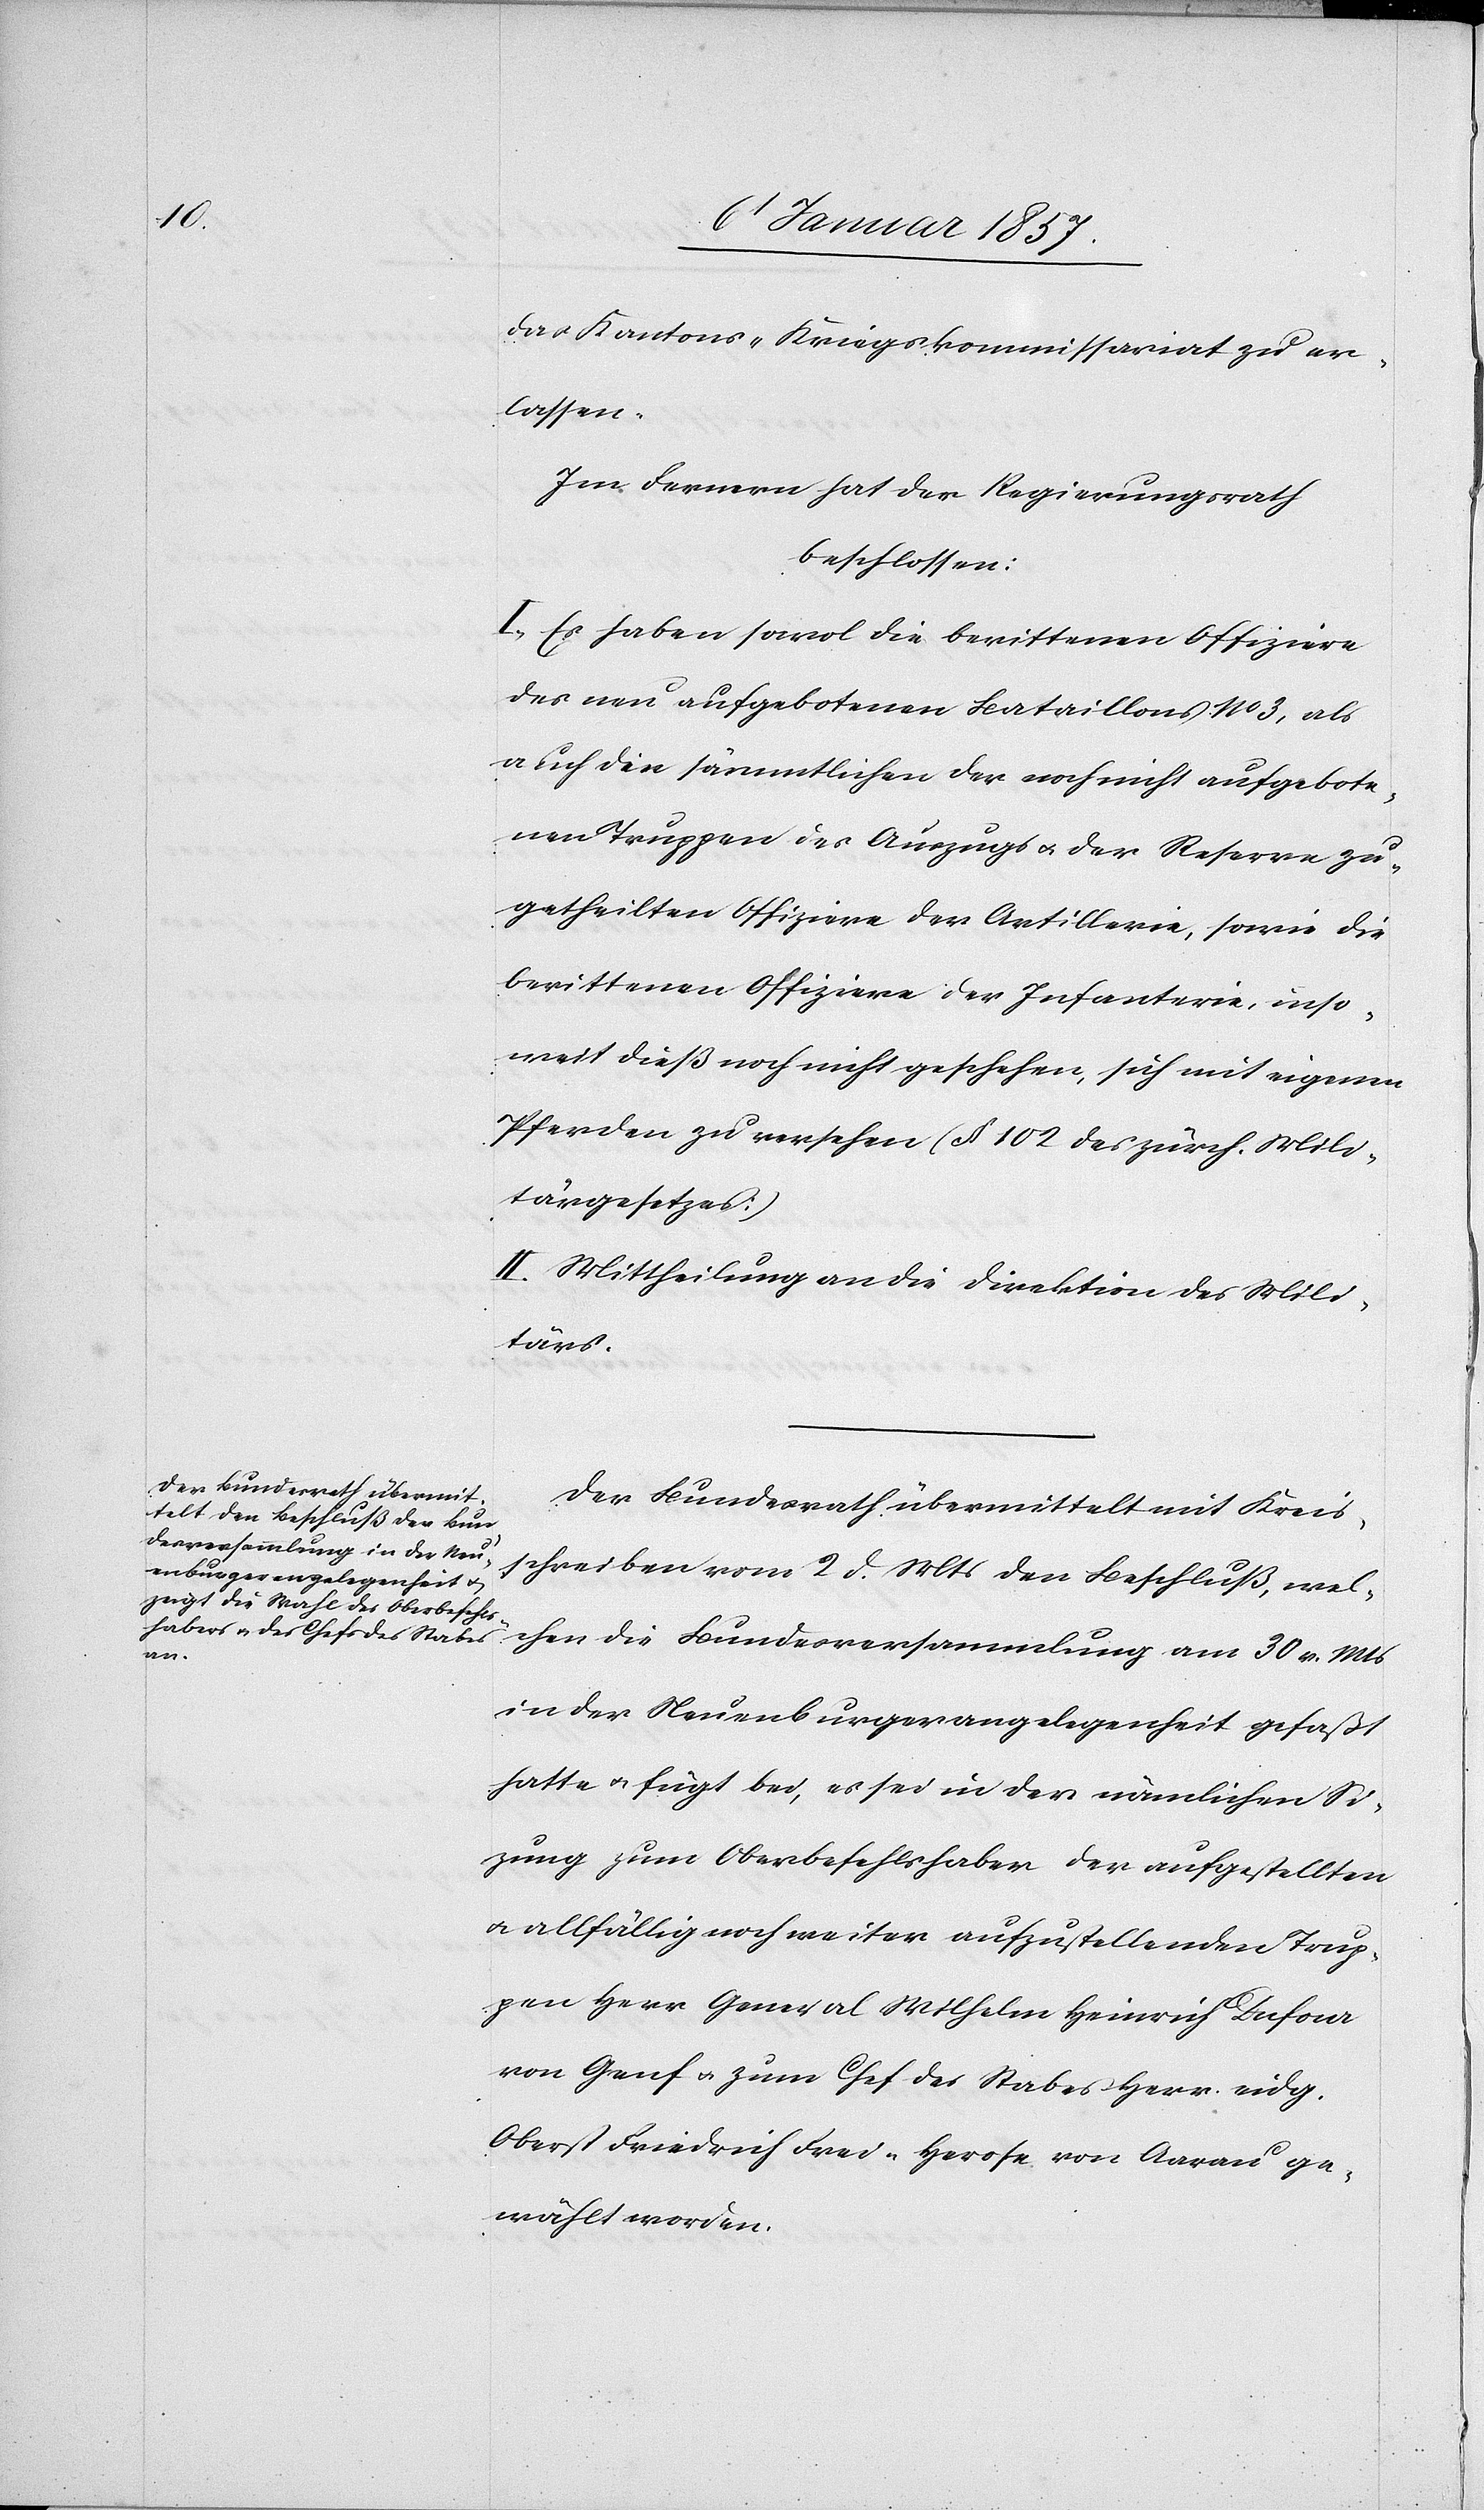
das Kantons-Kriegskommissariat zu er¬
lassen.
Im Fernern hat der Regierungsrath
beschlossen:
I. Es haben sowol die berittenen Offiziere
des neu aufgebotenen Bataillons No. 3, als
auch die sämmtlichen der noch nicht aufgebote¬
nen Truppen des Auszugs u. der Reserve zu¬
getheilten Offiziere der Artillerie, sowie die
berittenen Offiziere der Infanterie, inso¬
weit dieß noch nicht geschehen, sich mit eigenen
Pferden zu versehen [§ 102 des zürch. Mili¬
tärgesetzes]
II. Mittheilung an die Direktion des Mili¬
tärs.
Der Bundesrath übermittelt mit Kreis¬
schreiben vom 2 d. Mts den Beschluß, wel¬
chen die Bundesversammlung am 30 v. Mts
in der Neuenburgerangelegenheit gefaßt
hatte u. fügt bei, es sei in der nämlichen Sit¬
zung zum Oberbefehlshaber der aufgestellten
u. allfällig noch weiter aufzustellenden Trup¬
pen Herr General Wilhelm Heinrich Dufour
von Genf u. zum Chef des Stabes Herr eidg.
Oberst Friedrich Frei-Herose von Aarau ge¬
wählt worden.